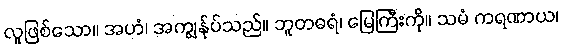
လူဖြစ်သော။ အဟံ၊ အကျွန်ုပ်သည်။ ဘူတဓရံ၊ မြေကြီးကို။ သမံ ကရဏာယ၊